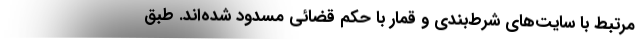
مرتبط با سایت‌های شرط‌بندی و قمار با حکم قضائی مسدود شده‌اند. طبق